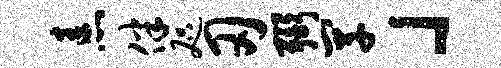
恚伴咫刃弼罕」